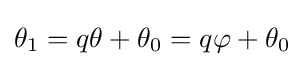
\theta _{1}=q\theta +\theta _{0}=q\varphi +\theta _{0}